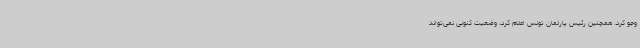
وجو کرد. همچنین رئیس پارلمان تونس اعلام کرد، وضعیت کنونی نمی‌تواند